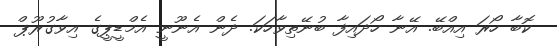
ކޮބާ ހޯރަ އިއްބޭ. އޭނާ ހޯދައިފާ ބުނޭތިވާހަކަ. ދެން އެނޫނީ އެމްޑީޕީގެ އިވާގުރޫޕް